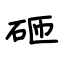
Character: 砸